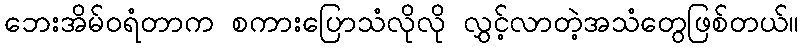
ဘေးအိမ်ဝရံတာက စကားပြောသံလိုလို လွှင့်လာတဲ့အသံတွေဖြစ်တယ်။